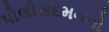
પોલીસદમનનો